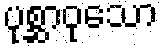
ပုစ္ဆာဝုသော